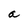
Character: a